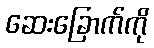
ဆေးခြောက်ကို